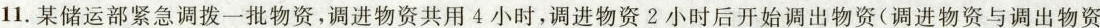
11.某储运部紧急调拨一批物资，调进物资共用4小时，调进物资2小时后开始调出物资(调进物资与调出物资